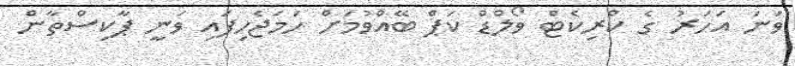
ވަނަ އަހަރު ގެ ކްރިކެޓް ވޯލްޑް ކަޕް ބޭއްވުމަށް ހަމަޖެހިފައި ވަނީ ޕާކިސްތާން